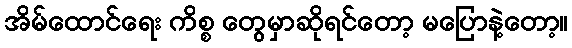
အိမ်ထောင်ရေး ကိစ္စ တွေမှာဆိုရင်တော့ မပြောနဲ့တော့။